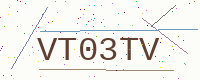
Text: VT03TV